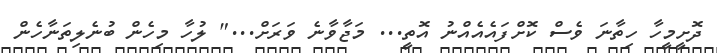
ދޮށީމީހާ ހިތާނަ ވެސް ކޮށްފައެއެއްނު އޮތީ... މަޖާވާނެ ވަރަށް..." ލުހާ މިހެން ބުނެލިތަނާހެން